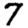
Digit: 7